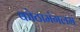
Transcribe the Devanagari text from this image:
कोठामंगलम